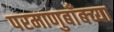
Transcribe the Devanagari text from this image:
परमाणुबाँबच्या